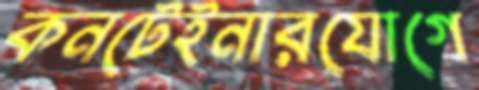
কনটেইনারযোগে